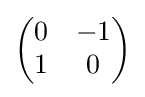
{\begin{pmatrix}0&-1\\1&0\end{pmatrix}}